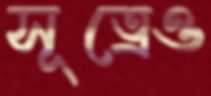
সূত্রেও